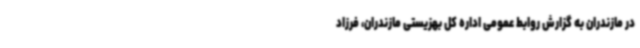
در مازندران به گزارش روابط عمومی اداره کل بهزیستی مازندران، فرزاد